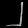
Digit: ၂